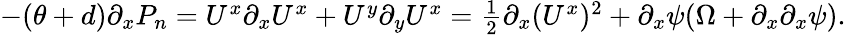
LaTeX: \begin{array}{r}{-(\theta+d)\partial_{x}P_{n}=U^{x}\partial_{x}U^{x}+U^{y}\partial_{y}U^{x}=\frac 12\partial_{x}(U^{x})^{2}+\partial_{x}\psi(\Omega+\partial_{x}\partial_{x}\psi).}\end{array}